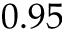
0 . 9 5